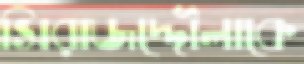
সিরাজদ্দৌলাকে